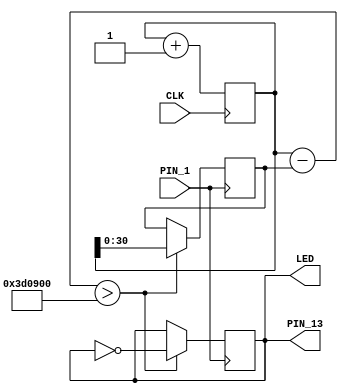
module top (
	input CLK,
	input PIN_1,  // button pin
	output PIN_13, // external led
	output LED  // onboard led
);

	reg [60:0] clk_time;
	reg [30:0] last_switch_time;
	reg led_state;


	always @(posedge PIN_1) begin
		if (clk_time - last_switch_time > 4000000) begin
			led_state = !led_state;
			last_switch_time = clk_time;
		end
	end

	always @(posedge CLK) begin
		clk_time <= clk_time + 1;
	end

	assign LED = led_state;
	assign PIN_13 = led_state;
endmodule